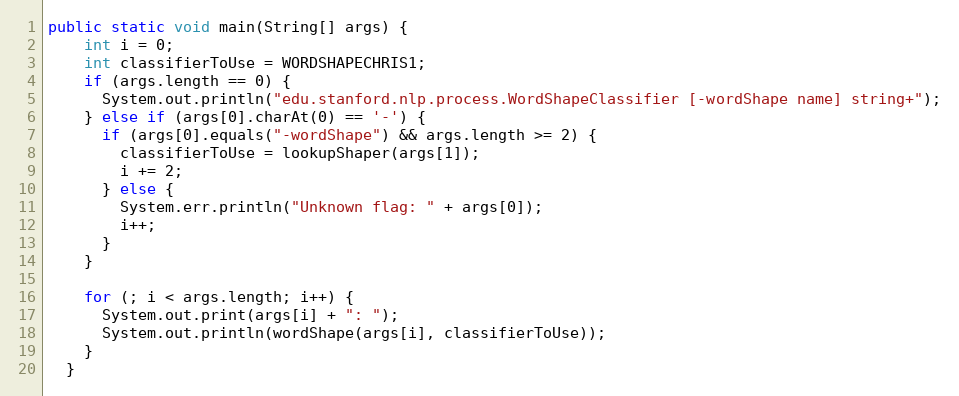
Language: Java
public static void main(String[] args) {
    int i = 0;
    int classifierToUse = WORDSHAPECHRIS1;
    if (args.length == 0) {
      System.out.println("edu.stanford.nlp.process.WordShapeClassifier [-wordShape name] string+");
    } else if (args[0].charAt(0) == '-') {
      if (args[0].equals("-wordShape") && args.length >= 2) {
        classifierToUse = lookupShaper(args[1]);
        i += 2;
      } else {
        System.err.println("Unknown flag: " + args[0]);
        i++;
      }
    }

    for (; i < args.length; i++) {
      System.out.print(args[i] + ": ");
      System.out.println(wordShape(args[i], classifierToUse));
    }
  }